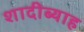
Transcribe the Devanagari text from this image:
शादीब्याह